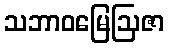
သဘာဝမြေဩဇာ